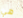
هي